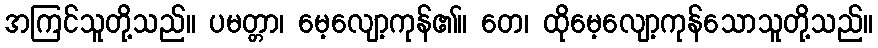
အကြင်သူတို့သည်။ ပမတ္တာ၊ မေ့လျော့ကုန်၏။ တေ၊ ထိုမေ့လျော့ကုန်သောသူတို့သည်။